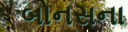
બોનસના